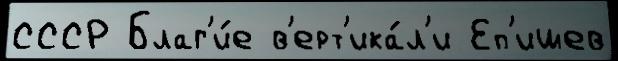
СССР Благ'и́е в'ерт'ика́л'и Еп'ишев